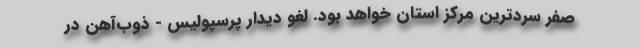
صفر سردترین مرکز استان خواهد بود. لغو دیدار پرسپولیس - ذوب‌آهن در